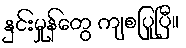
နှင်းမှုန်တွေ ကျစပြုပြီ။